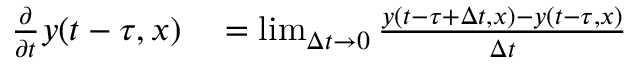
\begin{array} { r l } { \frac { \partial } { \partial t } y ( t - \tau , x ) } & { { } = \operatorname* { l i m } _ { \Delta t \rightarrow 0 } \frac { y ( t - \tau + \Delta t , x ) - y ( t - \tau , x ) } { \Delta t } } \end{array}